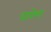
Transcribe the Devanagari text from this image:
धारेण